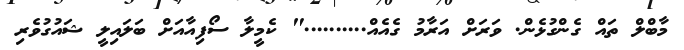
މާބްލް ތައް ގެންގުޅެން. ވަރަށް އަރާމު ގެއެއް.........." ކެމީލާ ސޯފިއާއަށް ބަލައިލީ ޝައުގުވެރި